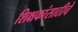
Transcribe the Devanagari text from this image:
शिक्षकांसाठीचे